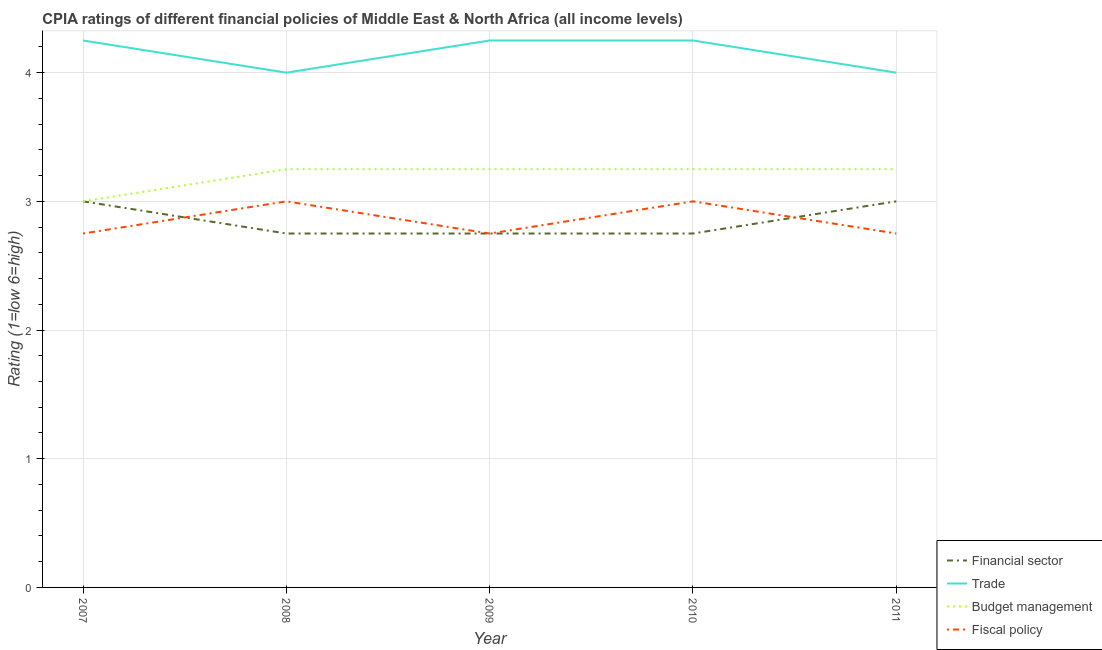
| Year | Financial sector | Trade | Budget management | Fiscal policy |
 | --- | --- | --- | --- | --- |
 | 2007 | 3 | 4.25 | 3 | 2.75 |
 | 2008 | 2.75 | 4 | 3.25 | 3 |
 | 2009 | 2.75 | 4.25 | 3.25 | 2.75 |
 | 2010 | 2.75 | 4.25 | 3.25 | 3 |
 | 2011 | 3 | 4 | 3.25 | 2.75 |